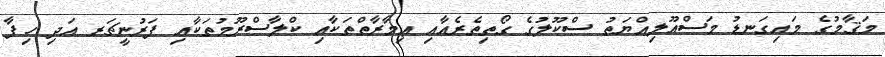
މަޤާމުގެ މައިގަނޑު މަސްއޫލިއްޔަތު ސްކޫލުގެ ގޯތިތެރެއާއި ޢިމާރާތްތަކާއި ކްލާސްރޫމުތަކާއި ފަރުނީޗަރ އަދި ހިފާ